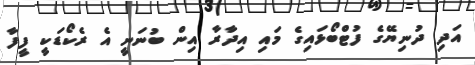
އަދި ދުނިޔޭގެ ފުޓްބޯޅައިގެ މައި އިދާރާ އިން ބުނަނީ އެ ރެކޯޑަކީ ފީފާ